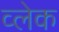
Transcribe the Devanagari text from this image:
व्लेक